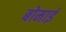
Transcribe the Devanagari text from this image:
बोमाई